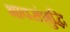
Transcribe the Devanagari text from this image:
भावसंशुद्धि